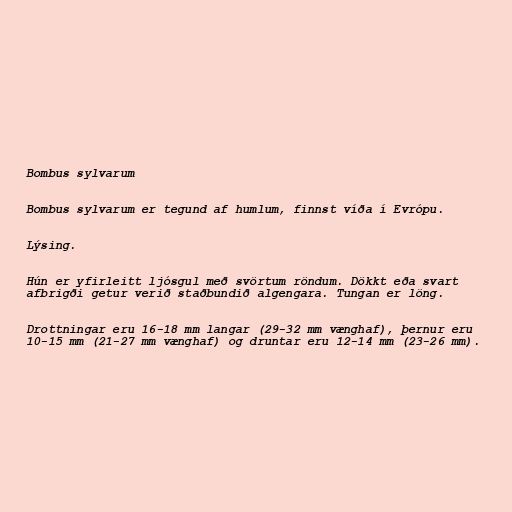
Bombus sylvarum

Bombus sylvarum er tegund af humlum, finnst víða í Evrópu.

Lýsing.

Hún er yfirleitt ljósgul með svörtum röndum. Dökkt eða svart
afbrigði getur verið staðbundið algengara. Tungan er löng.

Drottningar eru 16-18 mm langar (29-32 mm vænghaf), þernur eru
10-15 mm (21-27 mm vænghaf) og druntar eru 12-14 mm (23-26 mm).